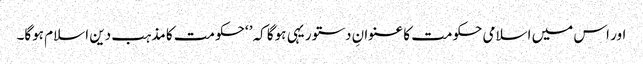
اور اس میں اسلامی حکومت کا عنوانِ دستور یہی ہوگا کہ’ ‘حکومت کا مذہب دین اسلام ہوگا۔